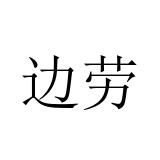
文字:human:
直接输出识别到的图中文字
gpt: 边劳